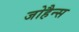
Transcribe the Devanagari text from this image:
जोहैन्स